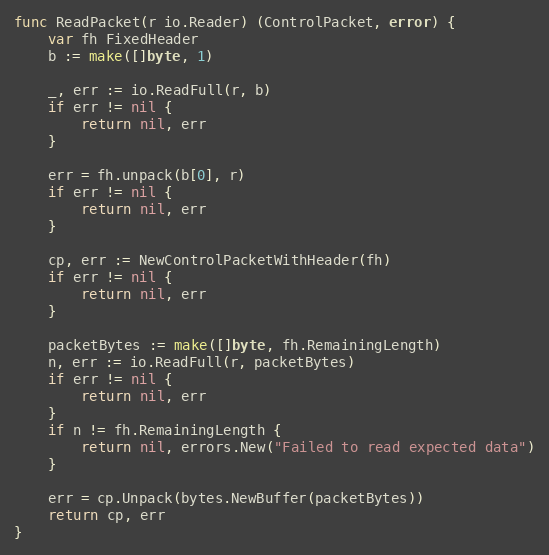
Language: Go
func ReadPacket(r io.Reader) (ControlPacket, error) {
	var fh FixedHeader
	b := make([]byte, 1)

	_, err := io.ReadFull(r, b)
	if err != nil {
		return nil, err
	}

	err = fh.unpack(b[0], r)
	if err != nil {
		return nil, err
	}

	cp, err := NewControlPacketWithHeader(fh)
	if err != nil {
		return nil, err
	}

	packetBytes := make([]byte, fh.RemainingLength)
	n, err := io.ReadFull(r, packetBytes)
	if err != nil {
		return nil, err
	}
	if n != fh.RemainingLength {
		return nil, errors.New("Failed to read expected data")
	}

	err = cp.Unpack(bytes.NewBuffer(packetBytes))
	return cp, err
}